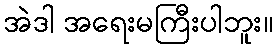
အဲဒါ အရေးမကြီးပါဘူး။